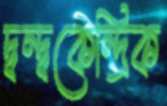
দ্বন্দ্বকেন্দ্রিক